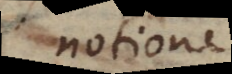
notione